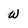
Character: W